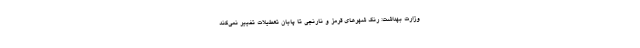
وزارت بهداشت: رنگ شهرهای قرمز و نارنجی تا پایان تعطیلات تغییر نمی‌کند